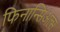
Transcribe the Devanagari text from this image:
फिनान्सिअल्स